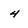
Character: 4